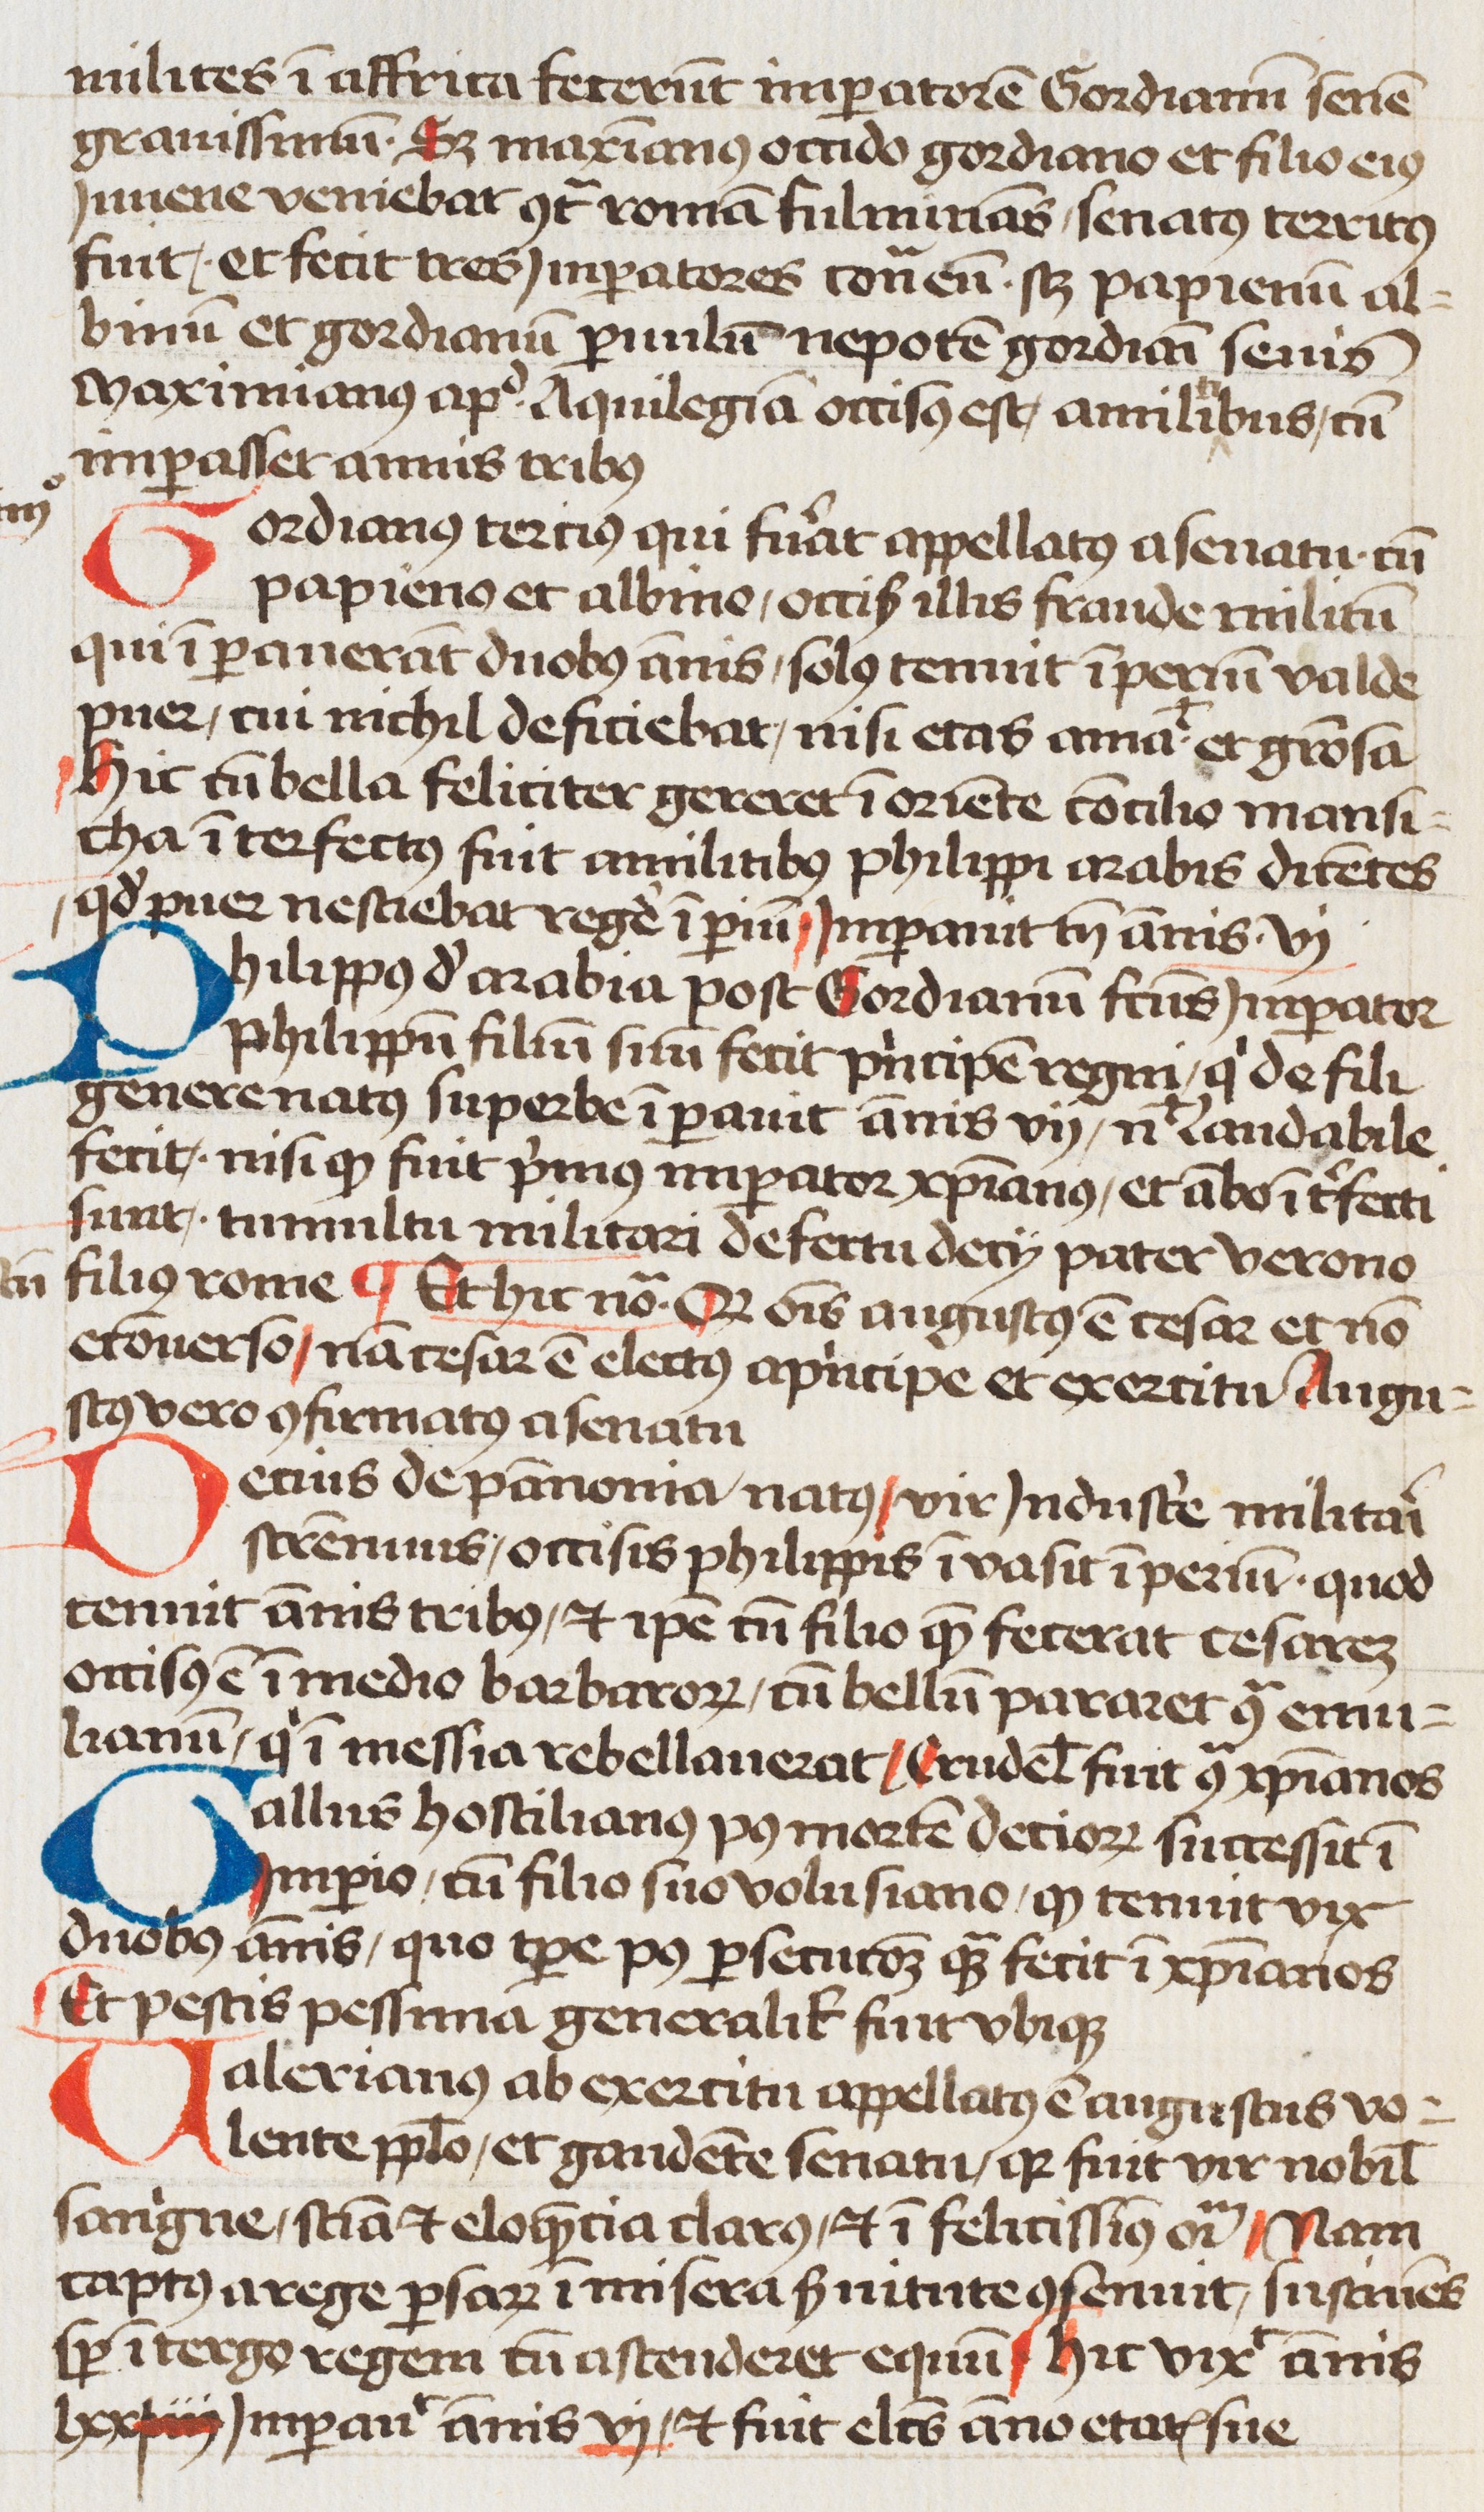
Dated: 1460–1490